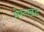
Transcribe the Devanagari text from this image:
मेरूखंड